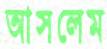
আসলেম